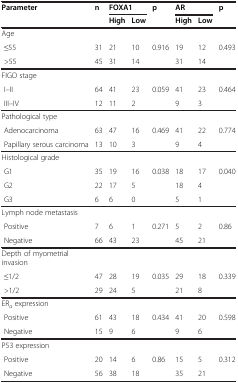
| Parameter | n | <COLSPAN=2> FOXA1 | p | <COLSPAN=2> AR | p |
 |  |  | High | Low |  | High | Low |  |
 | --- | --- | --- | --- | --- | --- | --- | --- |
 | Age |  |  |  |  |  |  |  |
 | ≤55 | 31 | 21 | 10 | 0.916 | 19 | 12 | 0.493 |
 | >55 | 45 | 31 | 14 |  | 31 | 14 |  |
 | FIGO stage |  |  |  |  |  |  |  |
 | I–II | 64 | 41 | 23 | 0.059 | 41 | 23 | 0.464 |
 | III–IV | 12 | 11 | 2 |  | 9 | 3 |  |
 | Pathological type |  |  |  |  |  |  |  |
 | Adenocarcinoma | 63 | 47 | 16 | 0.469 | 41 | 22 | 0.774 |
 | Papillary serous carcinoma | 13 | 10 | 3 |  | 9 | 4 |  |
 | Histological grade |  |  |  |  |  |  |  |
 | G1 | 35 | 19 | 16 | 0.038 | 18 | 17 | 0.040 |
 | G2 | 22 | 17 | 5 |  | 18 | 4 |  |
 | G3 | 6 | 6 | 0 |  | 5 | 1 |  |
 | Lymph node metastasis |  |  |  |  |  |  |  |
 | Positive | 7 | 6 | 1 | 0.271 | 5 | 2 | 0.86 |
 | Negative | 66 | 43 | 23 |  | 45 | 21 |  |
 | Depth of myometrial invasion |  |  |  |  |  |  |  |
 | ≤1/2 | 47 | 28 | 19 | 0.035 | 29 | 18 | 0.339 |
 | >1/2 | 29 | 24 | 5 |  | 21 | 8 |  |
 | ERα expression |  |  |  |  |  |  |  |
 | Positive | 61 | 43 | 18 | 0.434 | 41 | 20 | 0.598 |
 | Negative | 15 | 9 | 6 |  | 9 | 6 |  |
 | P53 expression |  |  |  |  |  |  |  |
 | Positive | 20 | 14 | 6 | 0.86 | 15 | 5 | 0.312 |
 | Negative | 56 | 38 | 18 |  | 35 | 21 |  |